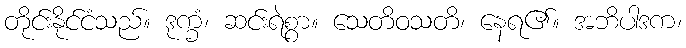
တိုင်းနိုင်ငံသည်။ ဒုက္ခံ၊ ဆင်းရဲစွာ။ သေတိဝသတိ၊ နေရ၏။ အဘိပါဒက၊